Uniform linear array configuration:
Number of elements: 48
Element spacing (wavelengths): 0.75
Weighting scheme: blackman
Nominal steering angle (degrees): -30
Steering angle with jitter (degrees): -30.73
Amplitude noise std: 0.05
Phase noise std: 0.05

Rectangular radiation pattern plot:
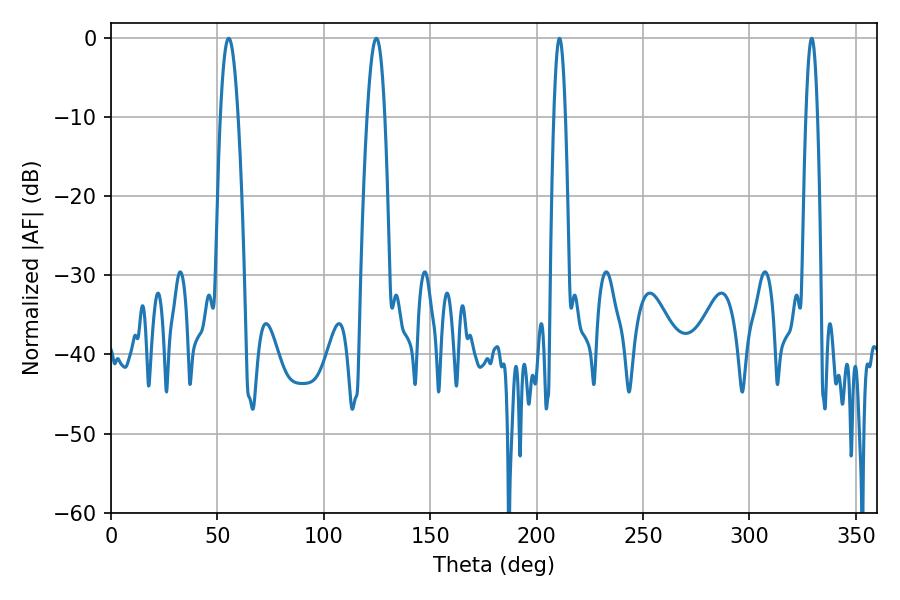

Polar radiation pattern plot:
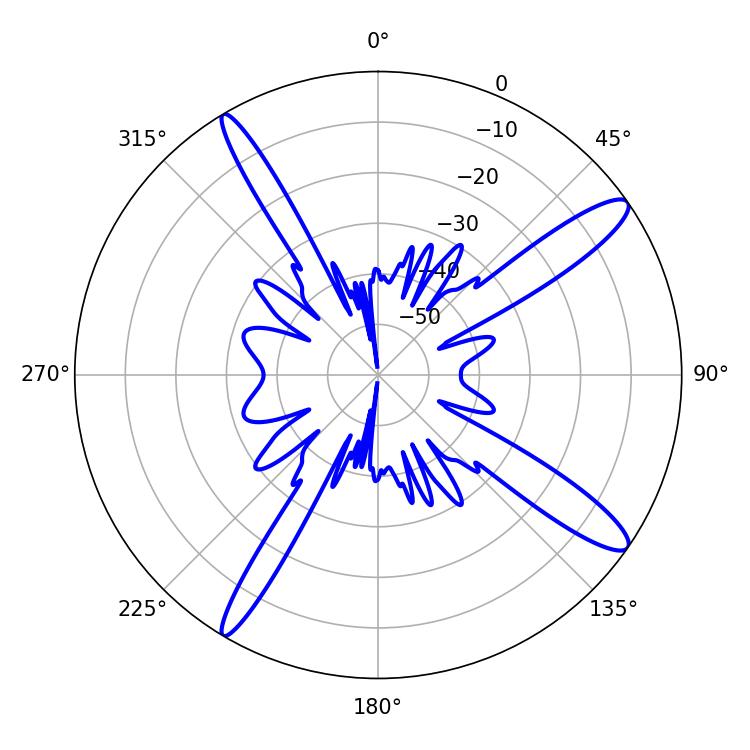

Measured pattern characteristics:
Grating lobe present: TRUE
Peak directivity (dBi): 13.78
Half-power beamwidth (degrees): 4.5
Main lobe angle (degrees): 55.26